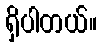
ရှိပါတယ်။